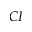
C I